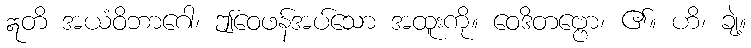
ဣတိ အယံဝိဘာဂေါ၊ ဤဝေဖန်အပ်သော အထူးကို။ ဝေဒိတဗ္ဗော၊ ၏။ ဟိ၊ ချဲ့။